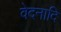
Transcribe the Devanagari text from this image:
वेदनादि